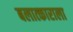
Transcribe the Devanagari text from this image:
बलात्‍काराला